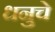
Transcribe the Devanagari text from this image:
धनुचे